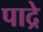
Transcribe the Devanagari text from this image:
पाद्रे